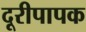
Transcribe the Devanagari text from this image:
दूरीपापक